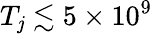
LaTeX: T_{\mathit{j}}\lesssim5\times10^{9}